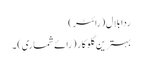
ردا بلال (رائٹر)
بہترین گلوکار (رائے شماری) ۔